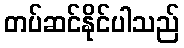
တပ်ဆင်နိုင်ပါသည်